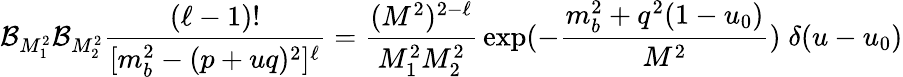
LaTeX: {\cal B}_{M_{1}^{2}}{\cal B}_{M_{2}^{2}}{\frac{(\ell-1)!}{[m_{b}^{2}-(p+uq)^{2}]^{\ell}}}={\frac{(M^{2})^{2-\ell}}{M_{1}^{2}M_{2}^{2}}}\exp(-{\frac{m_{b}^{2}+q^{2}(1-u_{0})}{M^{2}}})\; \delta(u-u_{0})